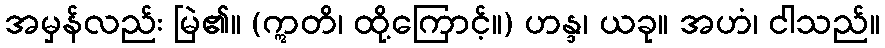
အမှန်လည်း မြဲ၏။ (ဣတိ၊ ထို့ကြောင့်။) ဟန္ဒ၊ ယခု။ အဟံ၊ ငါသည်။